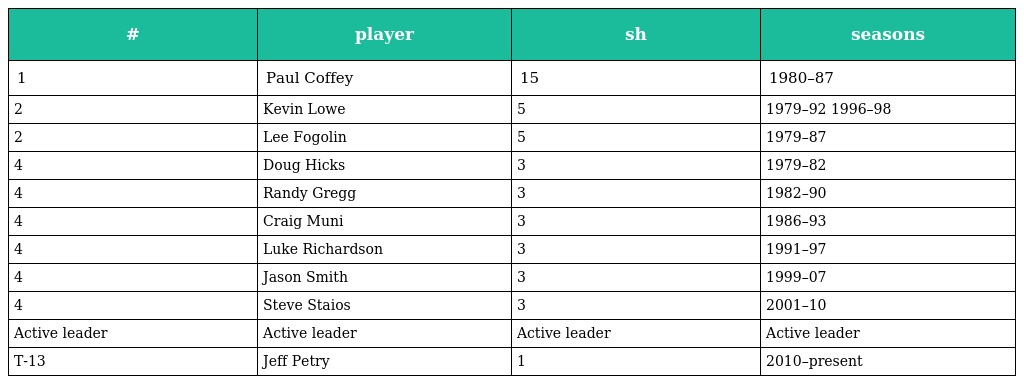
| # | player | sh | seasons |
 | --- | --- | --- | --- |
 | 1 | Paul Coffey | 15 | 1980–87 |
 | 2 | Kevin Lowe | 5 | 1979–92 1996–98 |
 | 2 | Lee Fogolin | 5 | 1979–87 |
 | 4 | Doug Hicks | 3 | 1979–82 |
 | 4 | Randy Gregg | 3 | 1982–90 |
 | 4 | Craig Muni | 3 | 1986–93 |
 | 4 | Luke Richardson | 3 | 1991–97 |
 | 4 | Jason Smith | 3 | 1999–07 |
 | 4 | Steve Staios | 3 | 2001–10 |
 | Active leader | Active leader | Active leader | Active leader |
 | T-13 | Jeff Petry | 1 | 2010–present |